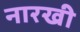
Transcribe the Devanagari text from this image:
नारखी